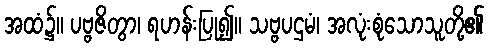
အထံ၌။ ပဗ္ဗဇိတွာ၊ ရဟန်းပြု၍။ သဗ္ဗပဌမံ၊ အလုံးစုံသောသူတို့၏